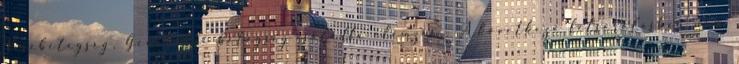
Vesebetegség, Genetikai betegség-családfa elemzés . A következő felsorolásban nem